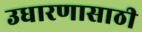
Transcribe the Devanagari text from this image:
उधारणासाठी